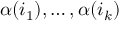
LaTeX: \alpha ( i _ { 1 } ) , \dots , \alpha ( i _ { k } )